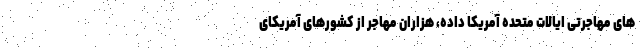
های مهاجرتی ایالات متحده آمریکا داده، هزاران مهاجر از کشورهای آمریکای